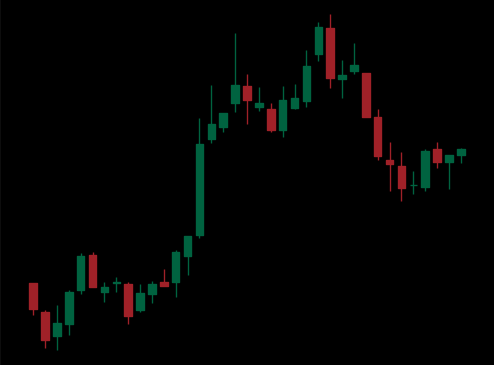
Pattern: bear_flag